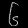
Digit: ၆